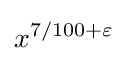
x^{7/100+\varepsilon }